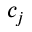
c _ { j }